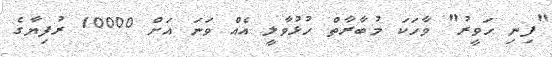
"ފިނި ހަވީރު" ވާހަކަ މުބާރާތް ހުޅުވާލީ އެއް ވަނަ އަށް 10000 ރުފިޔާގެ